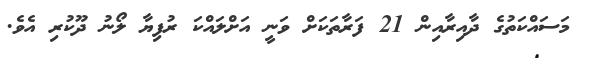
މަސައްކަތުގެ ދާއިރާއިން 21 ފަރާތަކަށް ވަނީ އަށްލައްކަ ރުފިޔާ ލޯނު ދޫކުރި އެވެ.